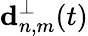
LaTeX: \mathbf{d}_{n,m}^{\perp}(t)